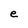
Character: e